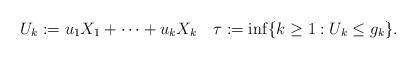
LaTeX: \begin{align*} U_{k}:=u_{1}X_1+\dots+u_{k}X_k\quad\tau:=\inf\{k\geq1:U_{k}\leq g_k\}.\end{align*}